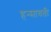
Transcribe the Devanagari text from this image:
हन्सावती